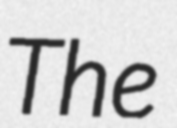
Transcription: The